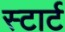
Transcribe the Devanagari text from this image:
स्‍टार्ट